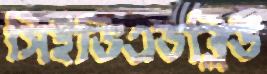
সিইডিএডব্লিউ